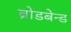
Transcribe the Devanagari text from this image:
ब्रोडबेन्ड